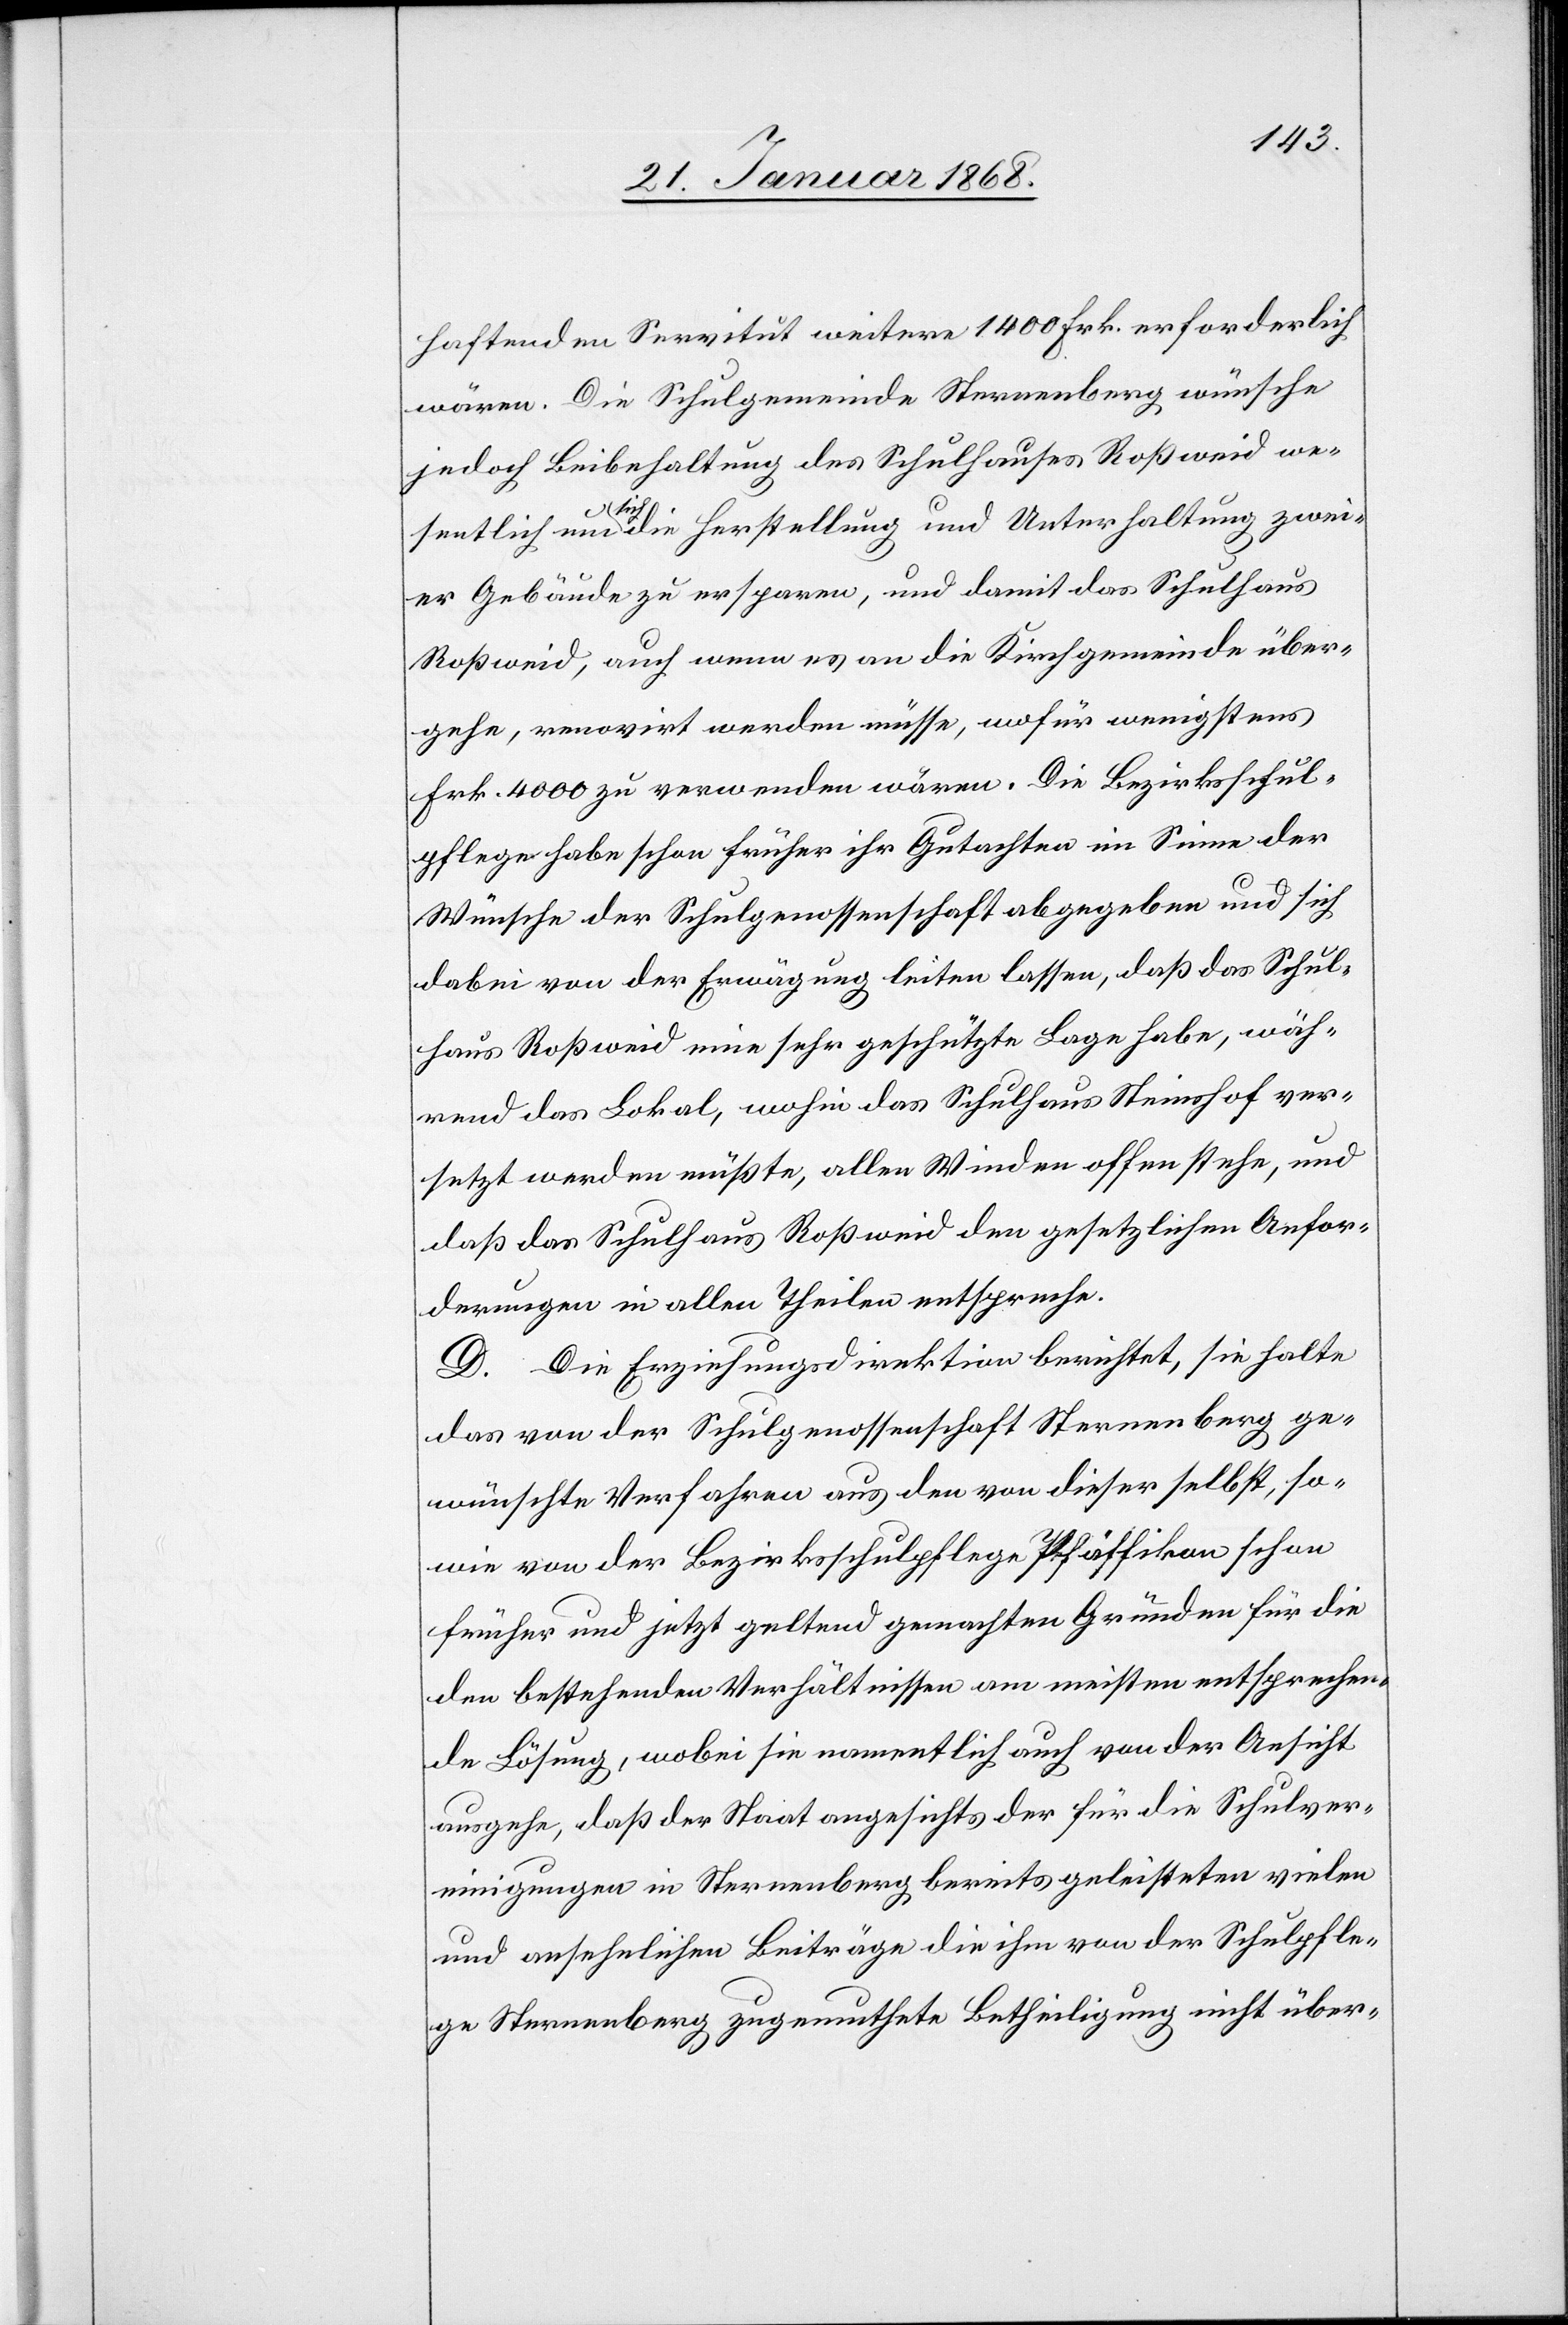
haftenden Servitut weitere 1400 Frk. erforderlich
wären. Die Schulgemeinde Sternenberg wünsche
jedoch Beibehaltung des Schulhauses Roßweid we¬
sentlich um sich die Herstellung und Unterhaltung zwei¬
er Gebäude zu ersparen, und damit das Schulhaus
Roßweid, auch wenn es an die Kirchgemeinde über¬
gehe, renovirt werden müsse, wofür wenigstens
Frk. 4000 zu verwenden wären. Die Bezirksschul¬
pflege habe schon früher ihr Gutachten im Sinne der
Wünsche der Schulgenossenschaft abgegeben und sich
dabei von der Erwägung leiten lassen, daß das Schul¬
haus Roßweid eine sehr geschützte Lage habe, wäh¬
rend das Lokal, wohin das Schulhaus Steinshof ver¬
setzt werden müßte, allen Winden offen stehe, und
daß das Schulhaus Roßweid den gesetzlichen Anfor¬
derungen in allen Theilen entspreche.
D. Die Erziehungsdirektion berichtet, sie halte
das von der Schulgenossenschaft Sternenberg ge¬
wünschte Verfahren aus den von dieser selbst, so¬
wie von der Bezirksschulpflege Pfäffikon schon
früher und jetzt geltend gemachten Gründen für die
den bestehenden Verhältnissen am meisten entsprechen¬
de Lösung, wobei sie namentlich auch von der Ansicht
ausgehe, daß der Staat angesichts der für die Schulver¬
einigungen in Sternenberg bereits geleisteten vielen
und ansehnlichen Beiträge die ihm von der Schulpfle¬
ge Sternenberg zugemuthete Betheiligung nicht über-